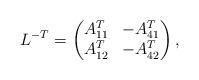
LaTeX: \begin{align*}L^{-T}=\begin{pmatrix}A_{11}^T & -A_{41}^T\\A_{12}^T & -A_{42}^T\end{pmatrix},\end{align*}